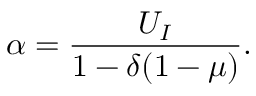
\alpha = \frac { U _ { I } } { 1 - \delta ( 1 - \mu ) } .